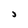
Character: J